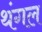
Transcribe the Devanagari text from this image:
थंगल